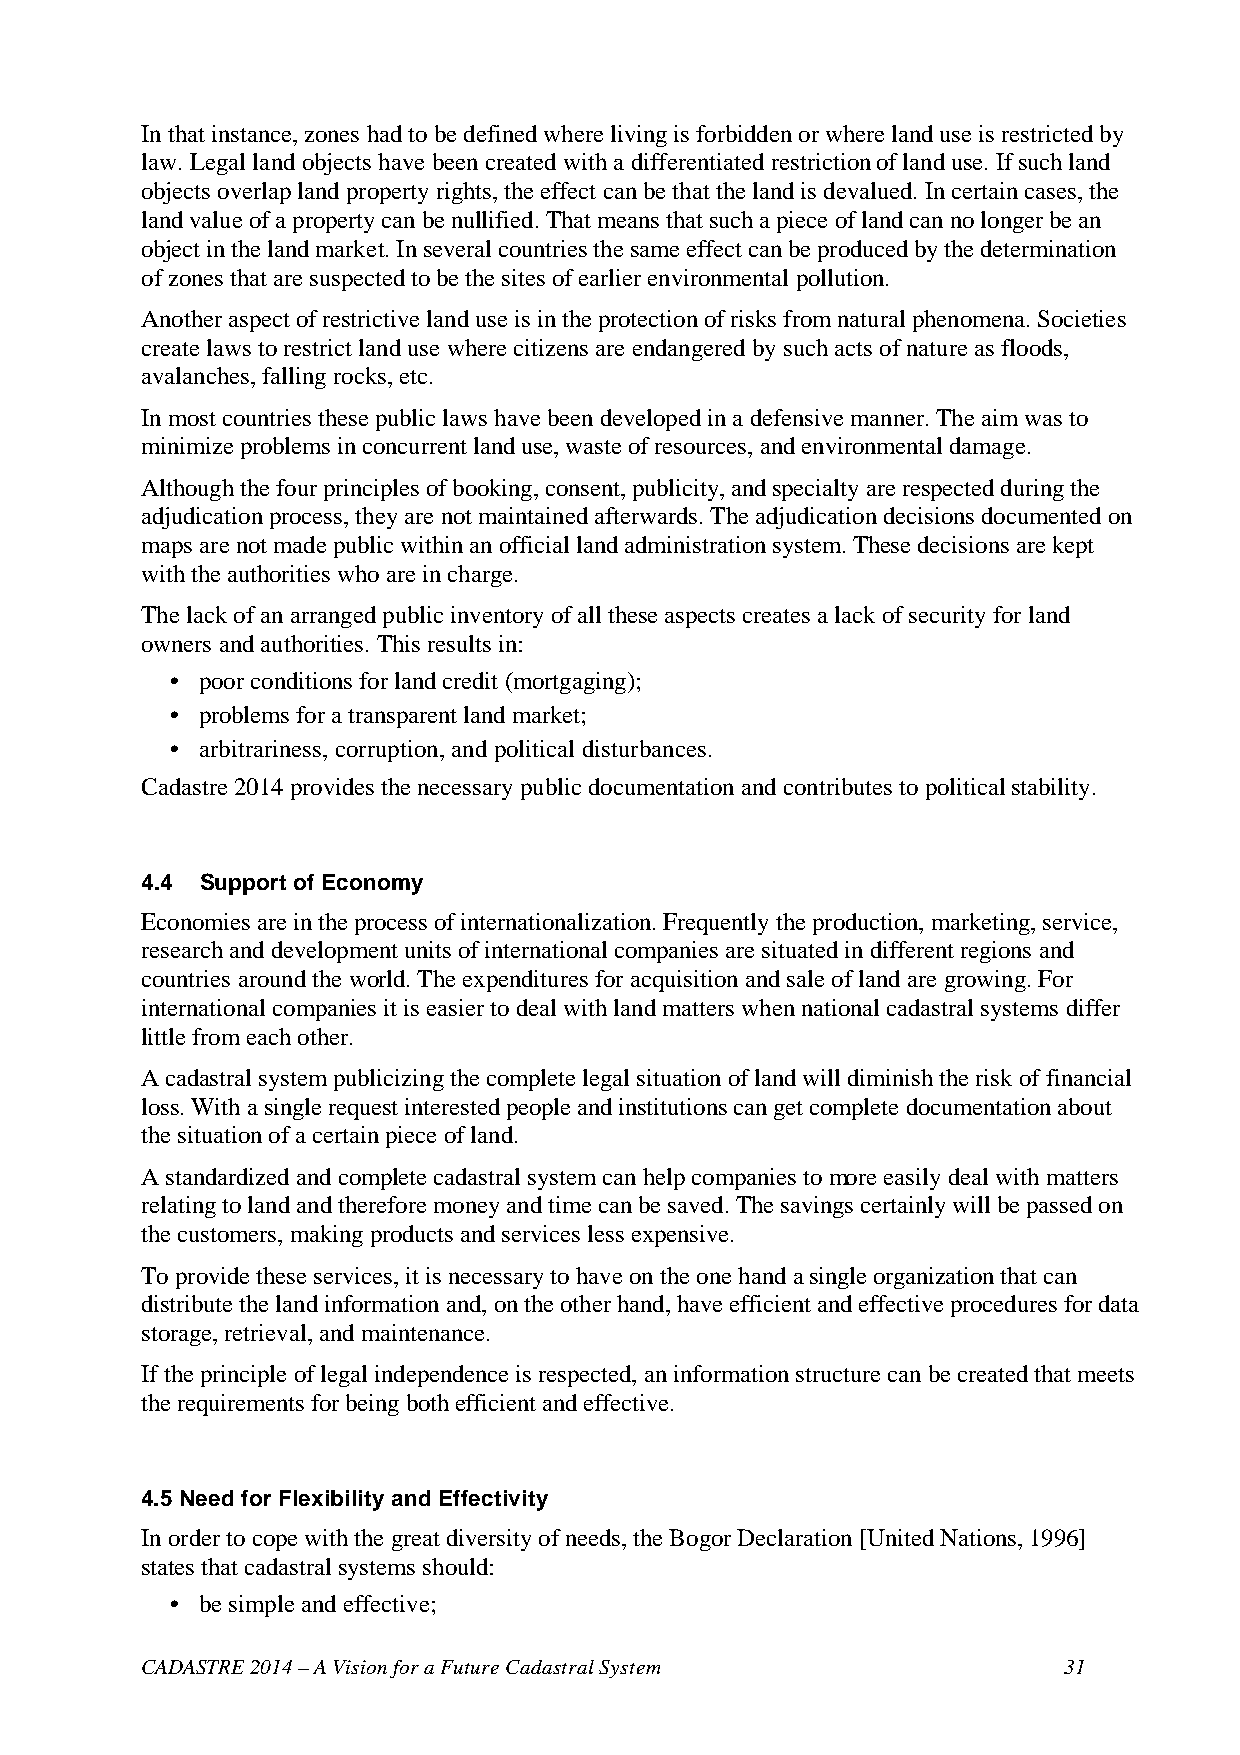
In that instance, zones had to be defined where living is forbidden or where land use is restricted by
 law. Legal land objects have been created with a differentiated restriction of land use. If such land
 objects overlap land property rights, the effect can be that the land is devalued. In certain cases, the
 land value of a property can be nullified. That means that such a piece of land can no longer be an
 object in the land market. In several countries the same effect can be produced by the determination
 of zones that are suspected to be the sites of earlier environmental pollution.
 Another aspect of restrictive land use is in the protection of risks from natural phenomena. Societies
 create laws to restrict land use where citizens are endangered by such acts of nature as floods,
 avalanches, falling rocks, etc.
 In most countries these public laws have been developed in a defensive manner. The aim was to
 minimize problems in concurrent land use, waste of resources, and environmental damage.
 Although the four principles of booking, consent, publicity, and specialty are respected during the
 adjudication process, they are not maintained afterwards. The adjudication decisions documented on
 maps are not made public within an official land administration system. These decisions are kept
 with the authorities who are in charge.
 The lack of an arranged public inventory of all these aspects creates a lack of security for land
 owners and authorities. This results in:
 • poor conditions for land credit (mortgaging);
 • problems for a transparent land market;
 • arbitrariness, corruption, and political disturbances.
 Cadastre 2014 provides the necessary public documentation and contributes to political stability.
 4.4 Support of Economy
 Economies are in the process of internationalization. Frequently the production, marketing, service,
 research and development units of international companies are situated in different regions and
 countries around the world. The expenditures for acquisition and sale of land are growing. For
 international companies it is easier to deal with land matters when national cadastral systems differ
 little from each other.
 A cadastral system publicizing the complete legal situation of land will diminish the risk of financial
 loss. With a single request interested people and institutions can get complete documentation about
 the situation of a certain piece of land.
 A standardized and complete cadastral system can help companies to more easily deal with matters
 relating to land and therefore money and time can be saved. The savings certainly will be passed on
 the customers, making products and services less expensive.
 To provide these services, it is necessary to have on the one hand a single organization that can
 distribute the land information and, on the other hand, have efficient and effective procedures for data
 storage, retrieval, and maintenance.
 If the principle of legal independence is respected, an information structure can be created that meets
 the requirements for being both efficient and effective.
 4.5 Need for Flexibility and Effectivity
 In order to cope with the great diversity of needs, the Bogor Declaration [United Nations, 1996]
 states that cadastral systems should:
 • be simple and effective;
 CADASTRE 2014 – A Vision for a Future Cadastral System       31